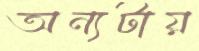
অন্যটায়